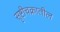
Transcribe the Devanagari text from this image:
सृष्टीचक्रातील